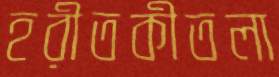
হরীতকীতলা